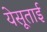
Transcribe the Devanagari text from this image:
येसूताई